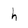
Character: h